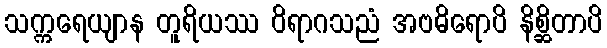
သက္ကရေယျာန တူရိယဿ ဝိရာဂသညံ အဗဓိရောပိ နိစ္ဆိတာပိ